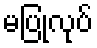
မပြုလုပ်